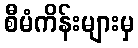
စီမံကိန်းများမှ